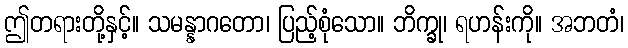
ဤတရားတို့နှင့်။ သမန္နာဂတော၊ ပြည့်စုံသော။ ဘိက္ခု၊ ရဟန်းကို။ အဘတံ၊